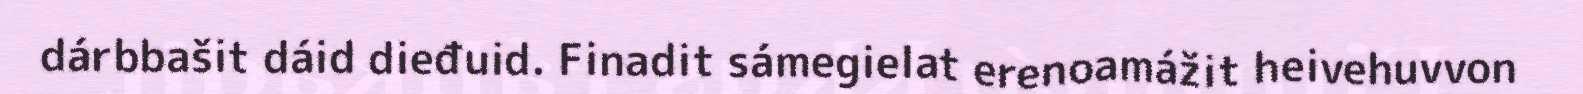
dárbbašit dáid dieđuid. Finadit sámegielat erenoamážit heivehuvvon